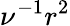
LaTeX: \nu^{-1}r^{2}